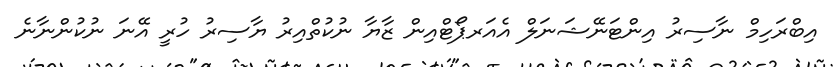
އިބްރަހިމް ނާސިރު އިންޓަނޭޝަނަލް އެއަރޕޯޓްއިން ޒާޔާ ނުކުތްއިރު ޔާސިރު ހުރީ އޭނަ ނުކުންނާނެ